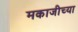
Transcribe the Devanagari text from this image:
मकाजीच्या